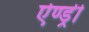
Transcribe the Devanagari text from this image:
ऐण्ड्री